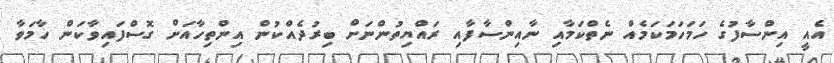
އެއީ އިންސާފުގެ ހަމަހަމަކަމެއް ނެތްކަމާއި ނާއިންސާފާއި ރައްޔިތުންނަށް ބިރުދެއްކުން އިންތިހާއަށް ގޮސްފައިވާކަން ހާމަވާ